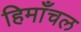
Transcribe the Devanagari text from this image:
हिमाँचल